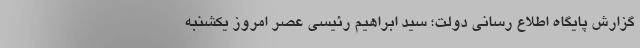
گزارش پایگاه اطلاع رسانی دولت؛ سید ابراهیم رئیسی عصر امروز یکشنبه